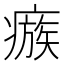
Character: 瘯